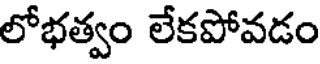
లోభత్వం లేకపోవడం